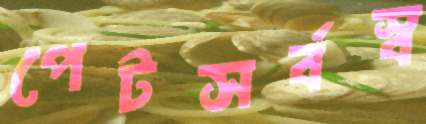
পেটসর্বস্ব